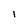
Character: I